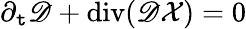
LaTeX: \partial_{\mathtt{t}}\mathscr{D}+\operatorname{div}(\mathscr{D}\mathcal{{X}})=0